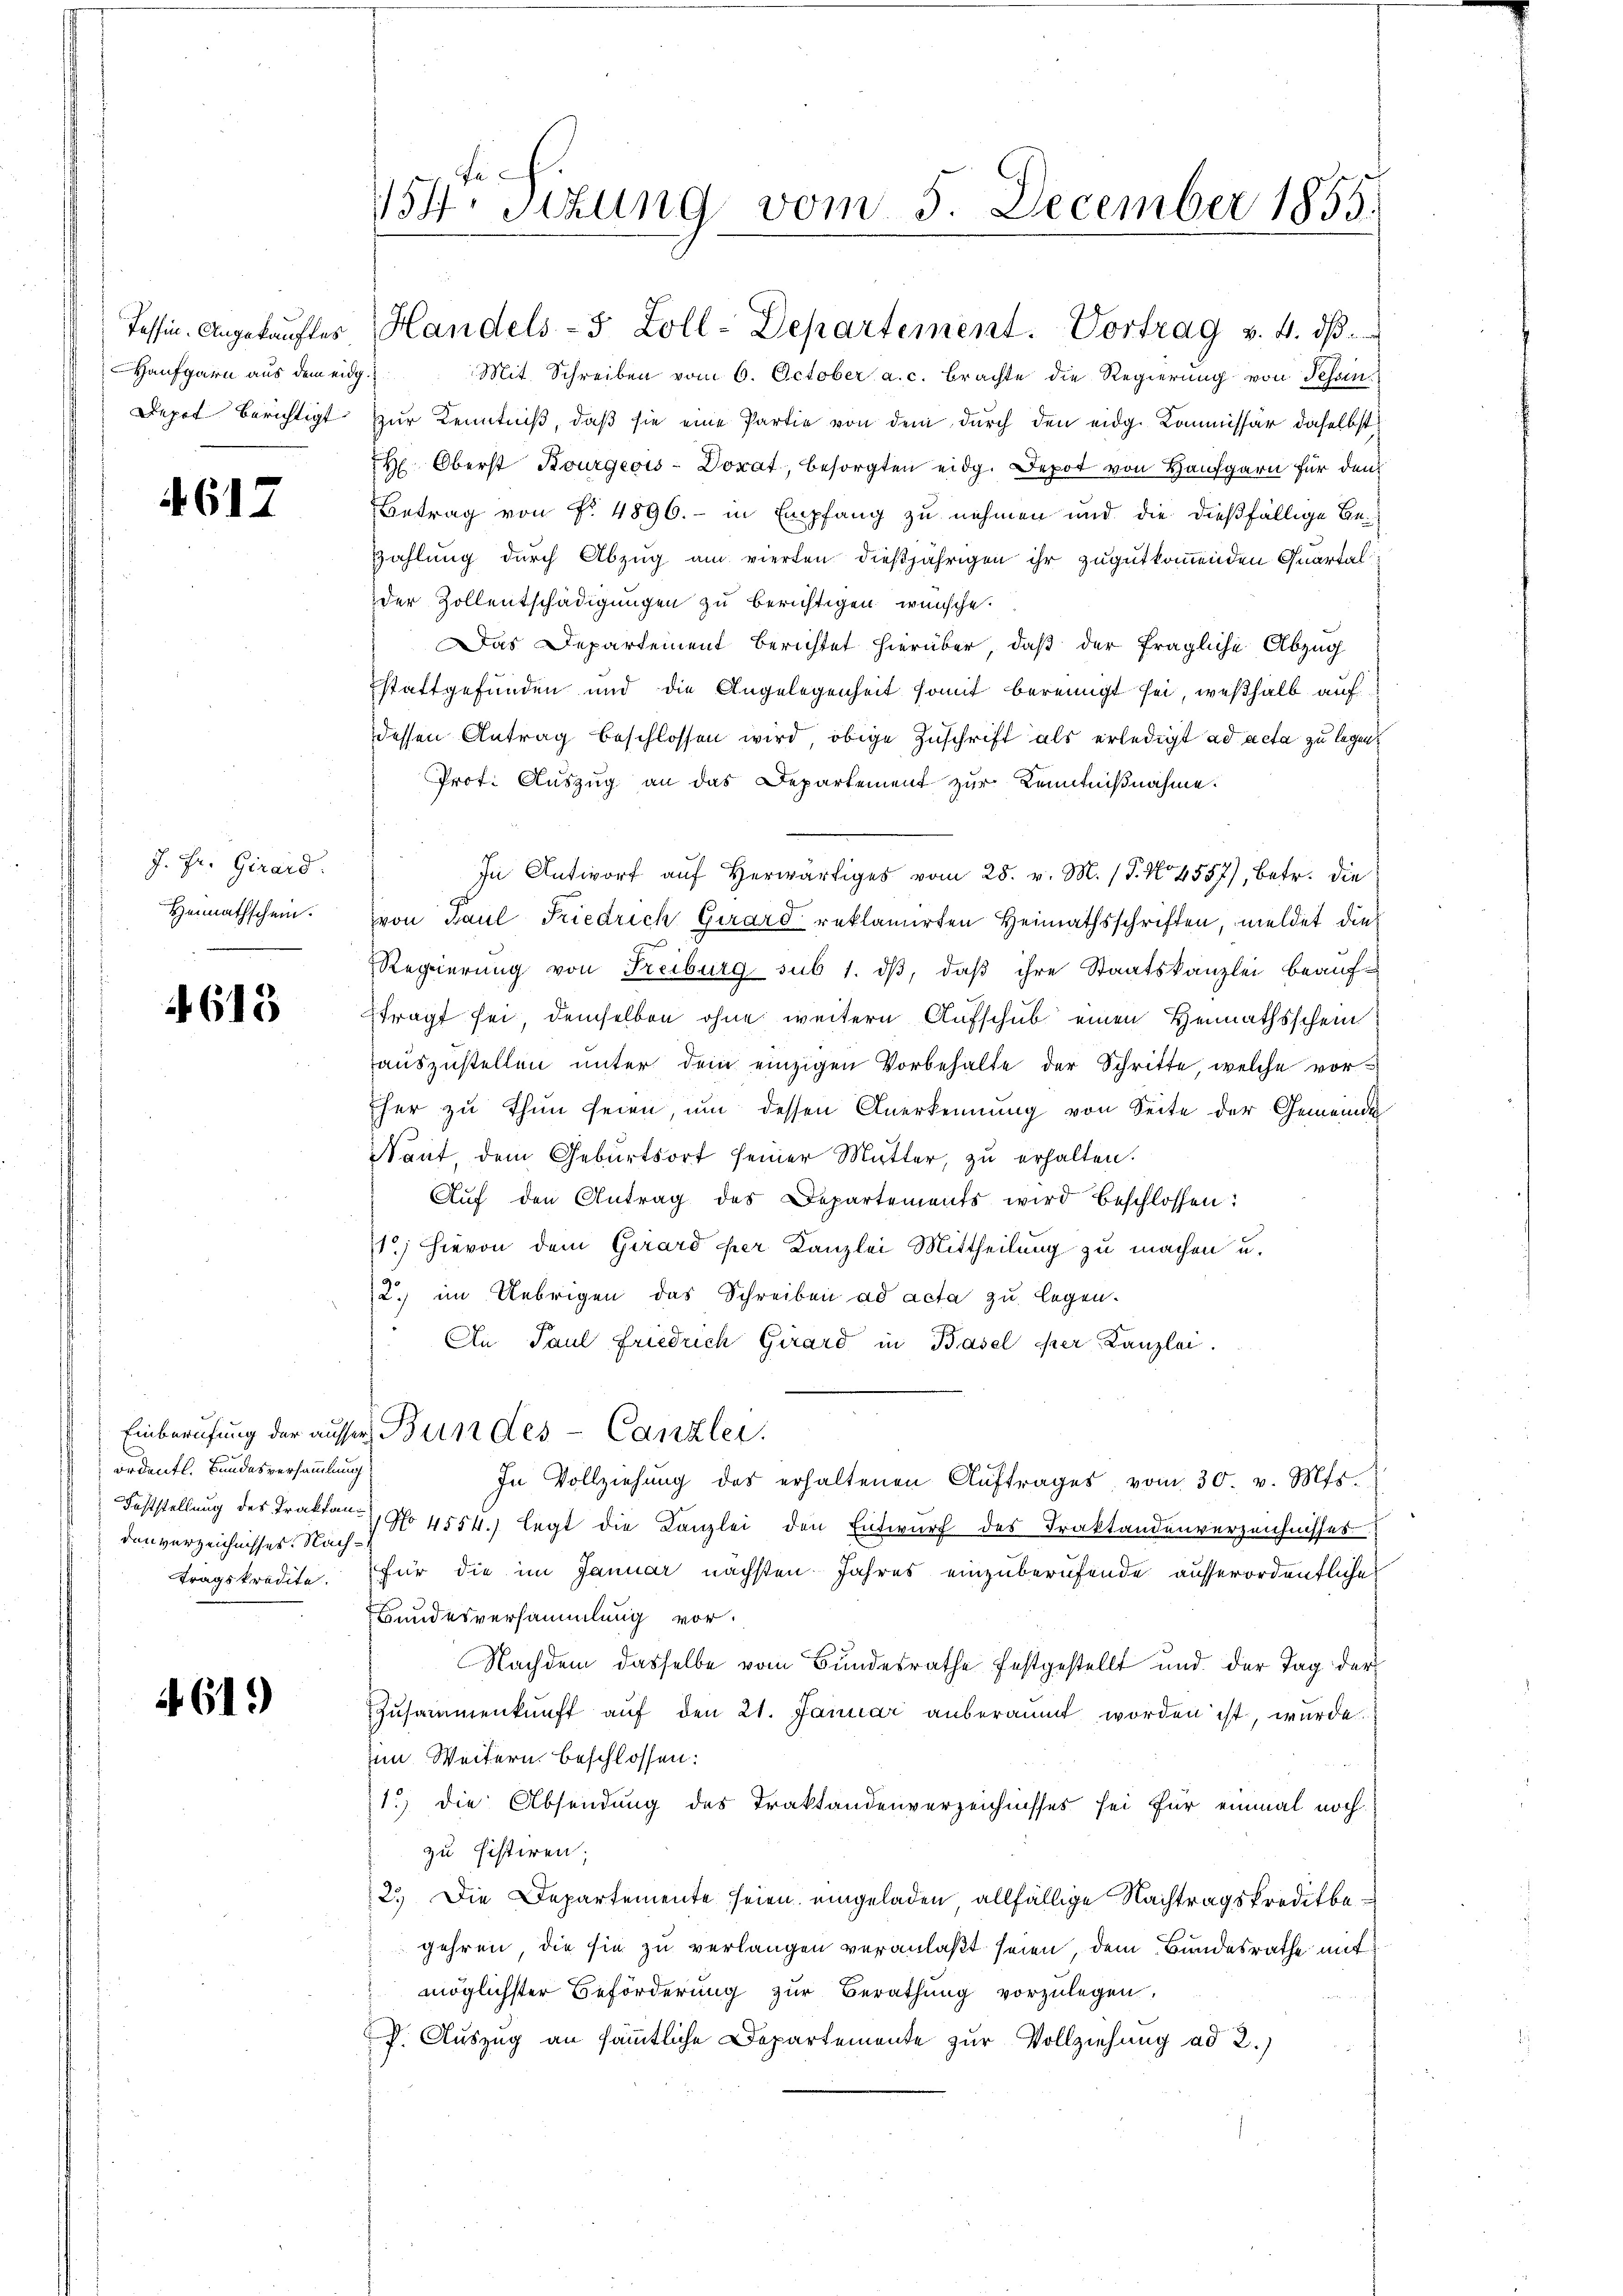
Haufgarn aus dem eidg.

4617

J. Fr. Girard.
Heimathschein.

613

ordentl. Bundesversammlung
denverzeichnisses. Nach¬

461.)

154. Sizung vom 5. December 1855.

Tessin Angekaŭftes Handels- 5 Zoll-Departement. Vortrag v. 4. dβ.
Mit Schreiben vom 6. October a. c. Brachte die Regierung von Tessin
Depot berichtigt zur Kenntniß, daß sie eine Partie von dem durch den eidg. Kommissär daselbst
H. Oberst Bourgeois-Dorat, besorgten eidg. Depot von Hausgarn für den
Betrag von Fr. 4896. - in Empfang zu nehmen und die dießfällige Be¬
Zahlung durch Abzug am vierten dießjährigen ihr zugutkommenden Quartalder Zollentschädigungen zu berichtigen wünsche.
Das Departement berichtet hierüber, daß der fragliche Abzug
stattgefunden und die Angelegenheit somit bereinigt sei, weßhalb auf
dessen Antrag beschlossen wird, obige Zuschrift als erledigt ad acta zu legen.
Prof. Auszug an das Departement zur Kenntnißnahme.
In Antworf auf herwärtiges vom 28. v. M. (T. No. 4557), betr. die
von Paul Friedrich Girard reklamirten Heimathsschriften, meldet die
Regierung von Freiburg sub 1. dβ, daß ihre Staatskanzlei beaufftragt sei, demselben ohne weitern Aufschub einen Heimathsschein
auszustellen unter dem einzigen Vorbehalte der Schritte, welche vor
Eher zu thun seien, um dessen Anerkennung von Seite der Gemeinde
Nant, dem Geburtsort seiner Mutter, zu erhalten.
Aŭf den Antrag des Departements wird beschlossen:
1) Hievon dem Girard der Kanzlei Mittheilung zu machen u.
2) im Uebrigen das Schreiben ad acta zu legen.
An Paul Friedrich Girard in Basel per Kanzlei.
Einberufung der ausser Bundes-Canzler.
In Vollziehŭng des erhaltenen Aŭftrages vom 30. v. Mts.
Feststellung des Traktan, No 4554.) legt die Kanzlei den Entwurf des Traktandenverzeichnisses
tragskredite. Für die im Januar nächsten Jahres einzuberufende ausserordentliche
Bundesversammlung vor.
Nachdem dasselbe vom Bundesrathe festgestellt und der Tag der
Zusammenkunft aŭf den 21. Januar anberaumt worden ist, wurde.
im Weitern beschlossen:
1.) die Absendung des Traktandenverzeichnisses sei für einmal noch
zu histiren;
2.) Die Departemente seien eingeladen allfällige Nachtragskreditbegehren, die sie zu verlangen veranlaßt seien dem Bundesrathe mit
möglichster Beförderung zur Berathung vorzulegen.
f. Auszug an sämmtliche Departemente zur Vollziehung ad 2.)